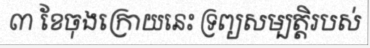
៣ ខែចុងក្រោយនេះ ទ្រព្យសម្បត្តិរបស់